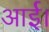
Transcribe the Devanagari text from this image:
आर्ई।